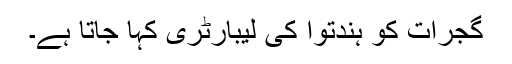
گجرات کو ہندتوا کی لیبارٹری کہا جاتا ہے۔